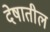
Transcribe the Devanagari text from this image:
देषातील